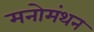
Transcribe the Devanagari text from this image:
मनोमंथन